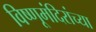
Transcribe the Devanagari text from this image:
विष्णूमंदिरांच्या